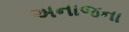
અનાજના